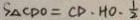
S _ { \Delta } C D O = C D \cdot H O \cdot \frac { 1 } { 2 }